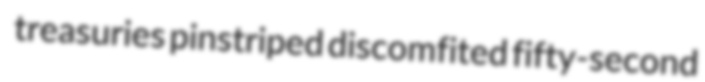
treasuries pinstriped discomfited fifty-second